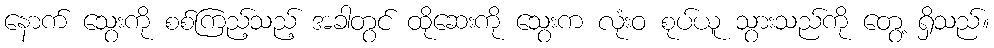
နောက် သွေးကို စစ်ကြည့်သည့် အခါတွင် ထိုဆေးကို သွေးက လုံးဝ စုပ်ယူ သွားသည်ကို တွေ့ ရှိသည်။